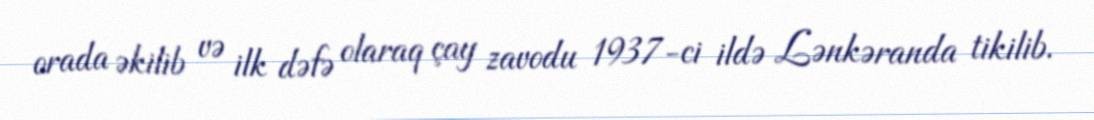
orada əkilib və ilk dəfə olaraq çay zavodu 1937-ci ildə Lənkəranda tikilib.